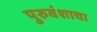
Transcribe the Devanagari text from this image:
पुरुवंशाचा